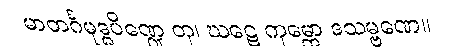
မာတင်္ဂမုဒ္ဓပိဏ္ဍေ တု၊ ဃဋေ ကုမ္ဘော ဒသမ္ဗဏေ။